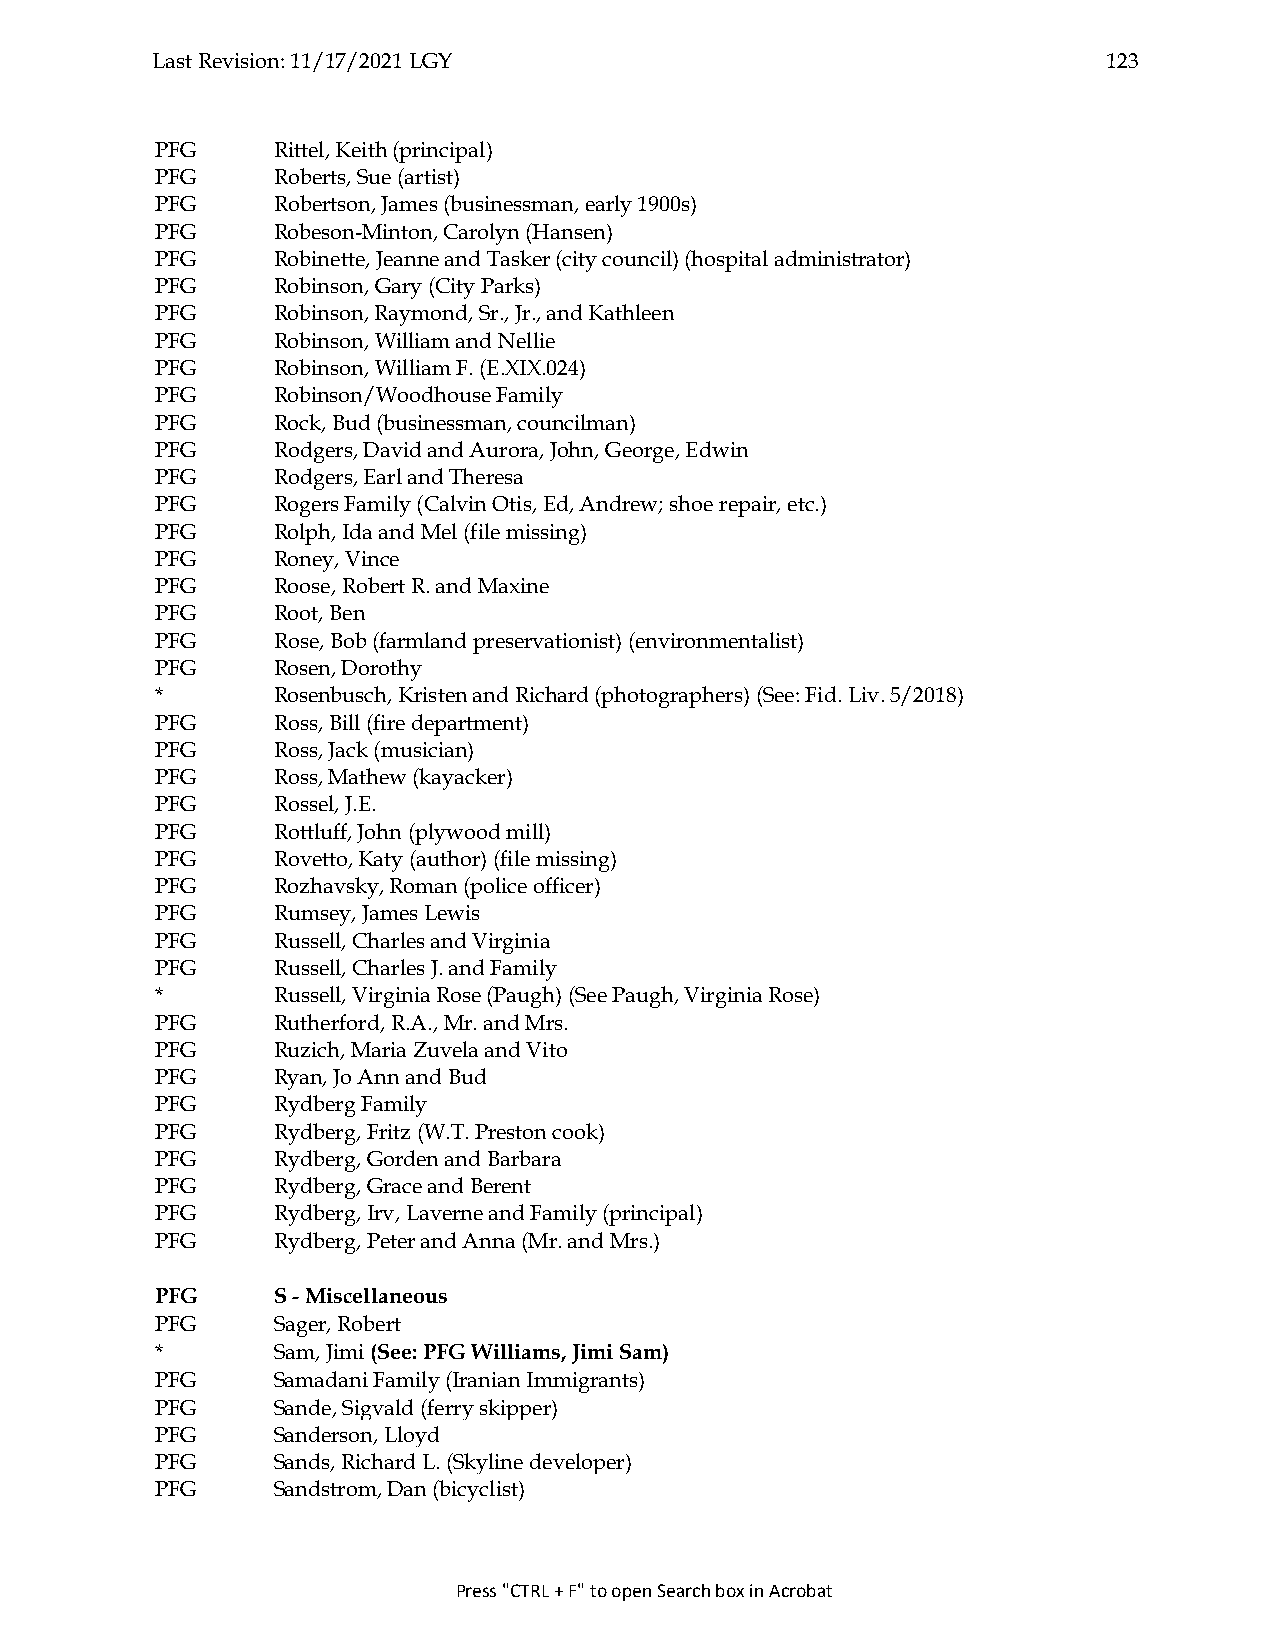
Last Revision: 11/17/2021 LGY                                  123
 PFG     Rittel, Keith (principal)
 PFG     Roberts, Sue (artist)
 PFG     Robertson, James (businessman, early 1900s)
 PFG     Robeson-Minton, Carolyn (Hansen)
 PFG     Robinette, Jeanne and Tasker (city council) (hospital administrator)
 PFG     Robinson, Gary (City Parks)
 PFG     Robinson, Raymond, Sr., Jr., and Kathleen
 PFG     Robinson, William and Nellie
 PFG     Robinson, William F. (E.XIX.024)
 PFG     Robinson/Woodhouse Family
 PFG     Rock, Bud (businessman, councilman)
 PFG     Rodgers, David and Aurora, John, George, Edwin
 PFG     Rodgers, Earl and Theresa
 PFG     Rogers Family (Calvin Otis, Ed, Andrew; shoe repair, etc.)
 PFG     Rolph, Ida and Mel (file missing)
 PFG     Roney, Vince
 PFG     Roose, Robert R. and Maxine
 PFG     Root, Ben
 PFG     Rose, Bob (farmland preservationist) (environmentalist)
 PFG     Rosen, Dorothy
 *       Rosenbusch, Kristen and Richard (photographers) (See: Fid. Liv. 5/2018)
 PFG     Ross, Bill (fire department)
 PFG     Ross, Jack (musician)
 PFG     Ross, Mathew (kayacker)
 PFG     Rossel, J.E.
 PFG     Rottluff, John (plywood mill)
 PFG     Rovetto, Katy (author) (file missing)
 PFG     Rozhavsky, Roman (police officer)
 PFG     Rumsey, James Lewis
 PFG     Russell, Charles and Virginia
 PFG     Russell, Charles J. and Family
 *       Russell, Virginia Rose (Paugh) (See Paugh, Virginia Rose)
 PFG     Rutherford, R.A., Mr. and Mrs.
 PFG     Ruzich, Maria Zuvela and Vito
 PFG     Ryan, Jo Ann and Bud
 PFG     Rydberg Family
 PFG     Rydberg, Fritz (W.T. Preston cook)
 PFG     Rydberg, Gorden and Barbara
 PFG     Rydberg, Grace and Berent
 PFG     Rydberg, Irv, Laverne and Family (principal)
 PFG     Rydberg, Peter and Anna (Mr. and Mrs.)
 PFG     S - Miscellaneous
 PFG     Sager, Robert
 *       Sam, Jimi (See: PFG Williams, Jimi Sam)
 PFG     Samadani Family (Iranian Immigrants)
 PFG     Sande, Sigvald (ferry skipper)
 PFG     Sanderson, Lloyd
 PFG     Sands, Richard L. (Skyline developer)
 PFG     Sandstrom, Dan (bicyclist)
 Press "CTRL + F" to open Search box in Acrobat